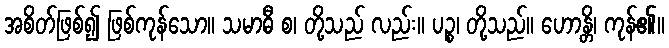
အစိတ်ဖြစ်၍ ဖြစ်ကုန်သော။ သမာဓီ စ၊ တို့သည် လည်း။ ပဉ္စ၊ တို့သည်။ ဟောန္တိ၊ ကုန်၏။